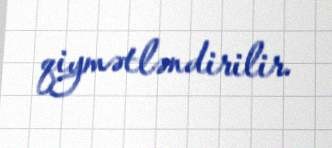
qiymətləndirilir.